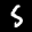
Label: 5